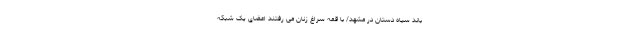
باند سیاه دستان در مشهد/ با قمه سراغ زنان می رفتند اعضای یک شبکه